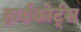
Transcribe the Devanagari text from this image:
हार्डकोर्ट्स